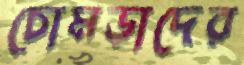
চোমড়াদের